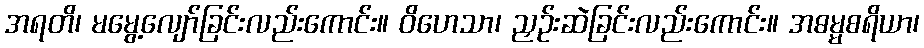
အရတိ၊ မမွေ့လျော်ခြင်းလည်းကောင်း။ ဝိဟေသာ၊ ညှဉ်းဆဲခြင်းလည်းကောင်း။ အဓမ္မစရိယာ၊